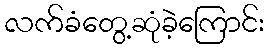
လက်ခံတွေ့ဆုံခဲ့ကြောင်း